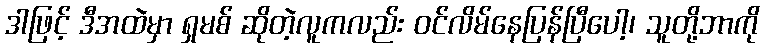
ဒါဖြင့် ဒီအထဲမှာ ရှမစ် ဆိုတဲ့လူကလည်း ဝင်လိမ်နေပြန်ပြီပေါ့၊ သူတို့ဘာကို